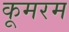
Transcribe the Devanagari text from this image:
कूमरम